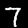
Label: 7